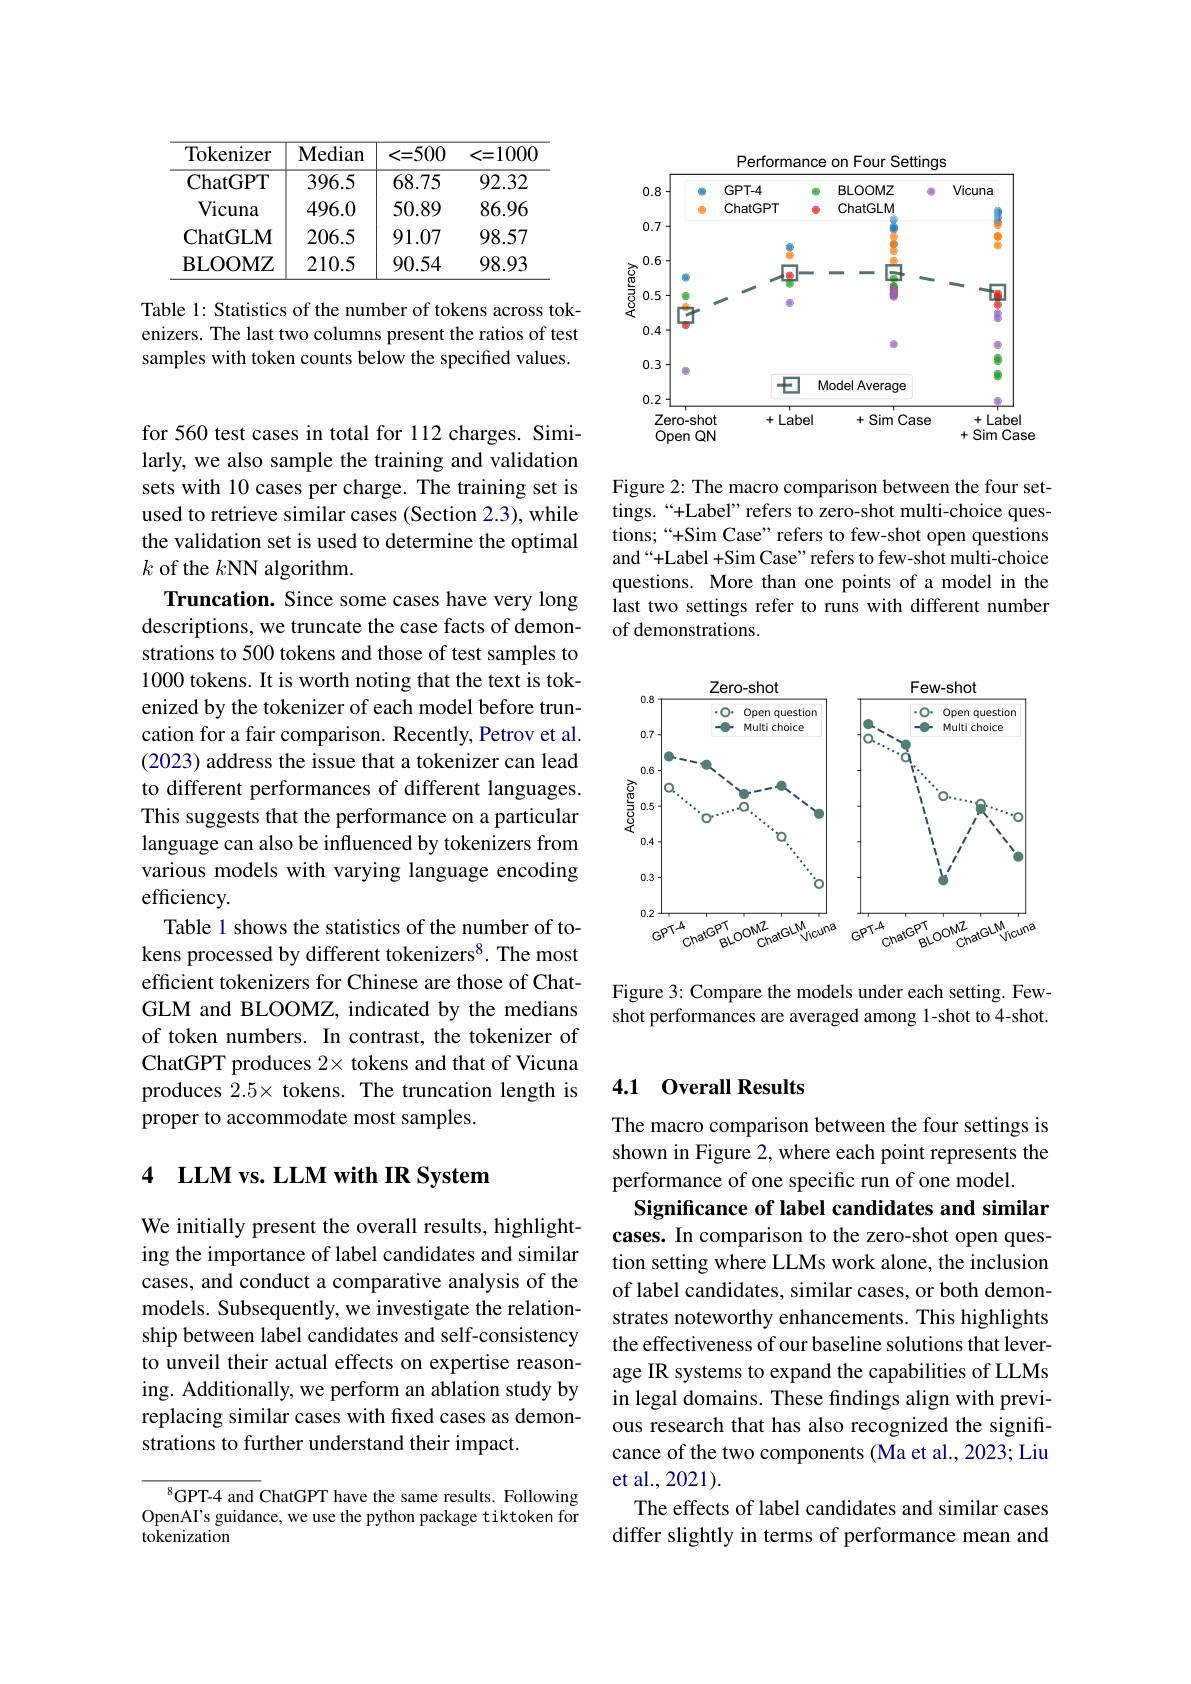
<table>
	<tbody>
		<tr>
			<th>Tokenizer</th>
			<th>Median</th>
			<th><=500</th>
			<th><=1000</th>
		</tr>
		<tr>
			<td>ChatGPT</td>
			<td>396.5</td>
			<td>68.75</td>
			<td>92.32</td>
		</tr>
		<tr>
			<td>Vicuna</td>
			<td>496.0</td>
			<td>50.89</td>
			<td>86.96</td>
		</tr>
		<tr>
			<td>ChatGLM</td>
			<td>206.5</td>
			<td>91.07</td>
			<td>98.57</td>
		</tr>
		<tr>
			<td>BLOOMZ</td>
			<td>210.5</td>
			<td>90.54</td>
			<td>98.93</td>
		</tr>
	</tbody>
</table>

Table 1: Statistics of the number of tokens across tokenizers. The last two columns present the ratios of test samples with token counts below the specified values.

for 560 test cases in total for 112 charges. Similarly, we also sample the training and validation sets with 10 cases per charge. The training set is used to retrieve similar cases (Section 2.3), while the validation set is used to determine the optimal $k$ of the $k$NN algorithm.
Truncation. Since some cases have very long descriptions, we truncate the case facts of demonstrations to 500 tokens and those of test samples to 1000 tokens. It is worth noting that the text is tokenized by the tokenizer of each model before truncation for a fair comparison. Recently, Petrov et al. (2023) address the issue that a tokenizer can lead to different performances of different languages. This suggests that the performance on a particular language can also be influenced by tokenizers from various models with varying language encoding efficiency.
Table 1 shows the statistics of the number of tokens processed by different tokenizers$^{8}$.The most efficient tokenizers for Chinese are those of ChatGLM and BLOOMZ, indicated by the medians of token numbers. In contrast, the tokenizer of ChatGPT produces 2× tokens and that of Vicuna produces $\hat{2}.5\times$ tokens. The truncation length is proper to accommodate most samples.

## 4 LLM vs. LLM with IR System

We initially present the overall results, highlighting the importance of label candidates and similar cases, and conduct a comparative analysis of the models. Subsequently, we investigate the relationship between label candidates and self-consistency to unveil their actual effects on expertise reasoning. Additionally, we perform an ablation study by replacing similar cases with fixed cases as demonstrations to further understand their impact.

$^{8}$GPT-4 and ChatGPT have the same results. Following OpenAI's guidance, we use the python package tiktoken for tokenization

<FigureHere>

Figure 2: The macro comparison between the four settings.“+Label” refers to zero-shot multi-choice questions;““+Sim Case” refers to few-shot open questions and“+Label +Sim Case”refers to few-shot multi-choice questions. More than one points of a model in the last two settings refer to runs with different number of demonstrations.

<FigureHere>

Figure 3: Compare the models under each setting. Fewshot performances are averaged among 1-shot to 4-shot.

## 4.1 Overall Results

The macro comparison between the four settings is shown in Figure 2, where each point represents the performance of one specific run of one model.
Significance of label candidates and similar cases. In comparison to the zero-shot open question setting where LLMs work alone, the inclusion of label candidates, similar cases, or both demonstrates noteworthy enhancements. This highlights the effectiveness of our baseline solutions that leverage IR systems to expand the capabilities of LLMs in legal domains. These findings align with previous research that has also recognized the significance of the two components (Ma et al., 2023; Liu et al.,2021).
The effects of label candidates and similar cases differ slightly in terms of performance mean and